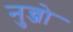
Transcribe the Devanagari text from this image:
नुन्जो